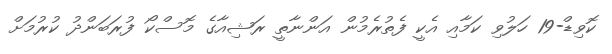
ކޮވިޑް-19 ހަލުވި ކަމާއި އެކީ ފެތުރެމުން އަންނާތީ ރަަޝިއާގެ މޮސްކޯ ފުރަބަންދު ކުރުމަށް